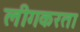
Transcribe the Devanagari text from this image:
लीगकरता